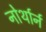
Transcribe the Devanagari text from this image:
नोर्थार्न